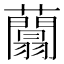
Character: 𧄱